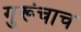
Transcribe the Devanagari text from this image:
गुरूंचाच